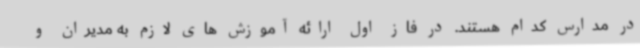
در مدارس کدام هستند. در فاز اول ارائه آموزش های لازم به مدیران و